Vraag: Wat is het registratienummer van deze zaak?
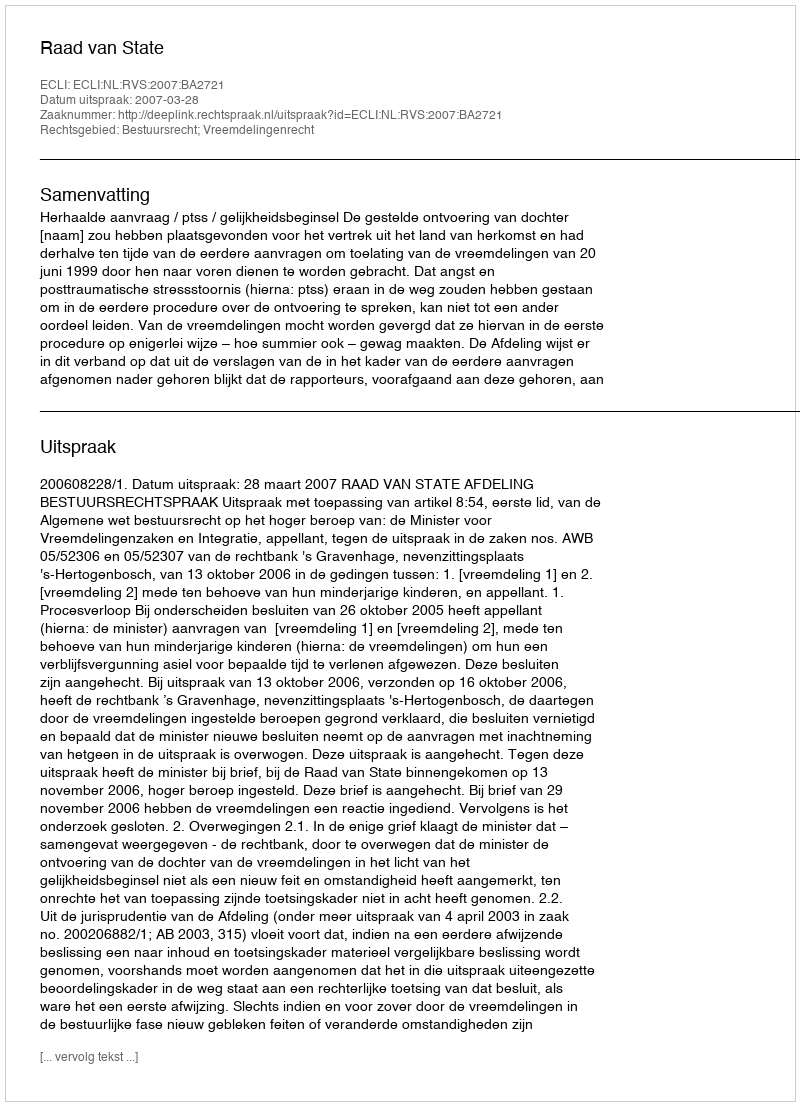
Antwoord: http://deeplink.rechtspraak.nl/uitspraak?id=ECLI:NL:RVS:2007:BA2721